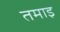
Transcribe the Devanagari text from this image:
तमाइ